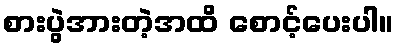
စားပွဲအားတဲ့အထိ စောင့်ပေးပါ။